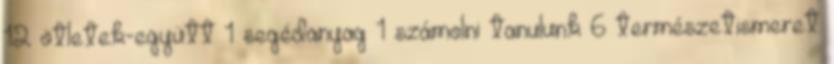
12 ötletek-együtt 1 segédanyag 1 számolni tanulunk 6 természetismeret